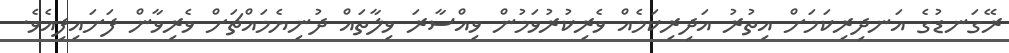
ރޭގަނޑުގެ އަނދިރިކަމަށް އިތުރު އަދިރިކަމެއް ވެރިކުރުވަމުން ވިއްސާރަ ވިލާތައް ދުނިޔެމައްޗަށް ވެރިވާން ފަށައިފިއެވެ.